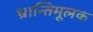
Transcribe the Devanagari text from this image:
भ्रान्तिमूलक